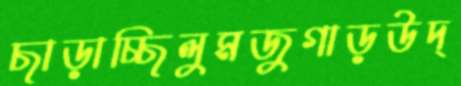
ছাড়াচ্ছিলুমজুগাড়উদ্